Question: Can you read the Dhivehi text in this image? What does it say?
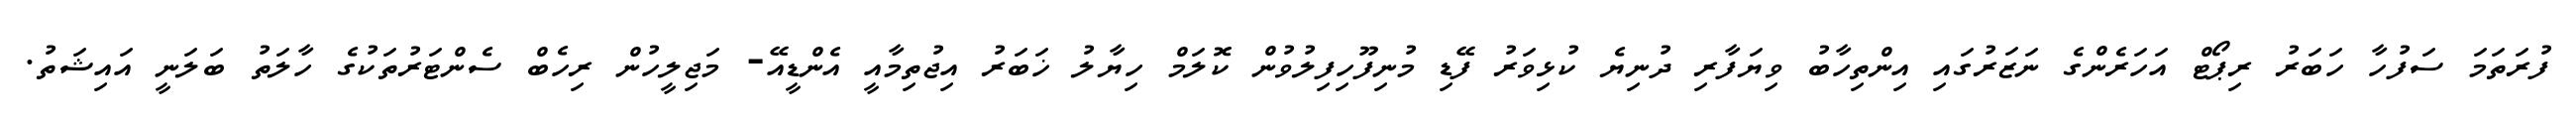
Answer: ފުރަތަމަ ސަފުހާ ހަބަރު ރިޕޯޓް އަހަރެންގެ ނަޒަރުގައި އިންތިހާބު ވިޔަފާރި ދުނިޔެ ކުޅިވަރު ފޭޑި މުނިފޫހިފިލުވުން ކޮލަމް ހިޔާލު ޚަބަރު އިޖުތިމާއީ އެންޑީއޭ- މަޖިލީހުން ރިހެބް ސެންޓަރުތަކުގެ ހާލަތު ބަލަނީ އައިޝަތު.